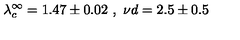
\lambda _ { c } ^ { \infty } = 1 . 4 7 \pm 0 . 0 2 \ , \ { { \nu } d } = 2 . 5 \pm 0 . 5